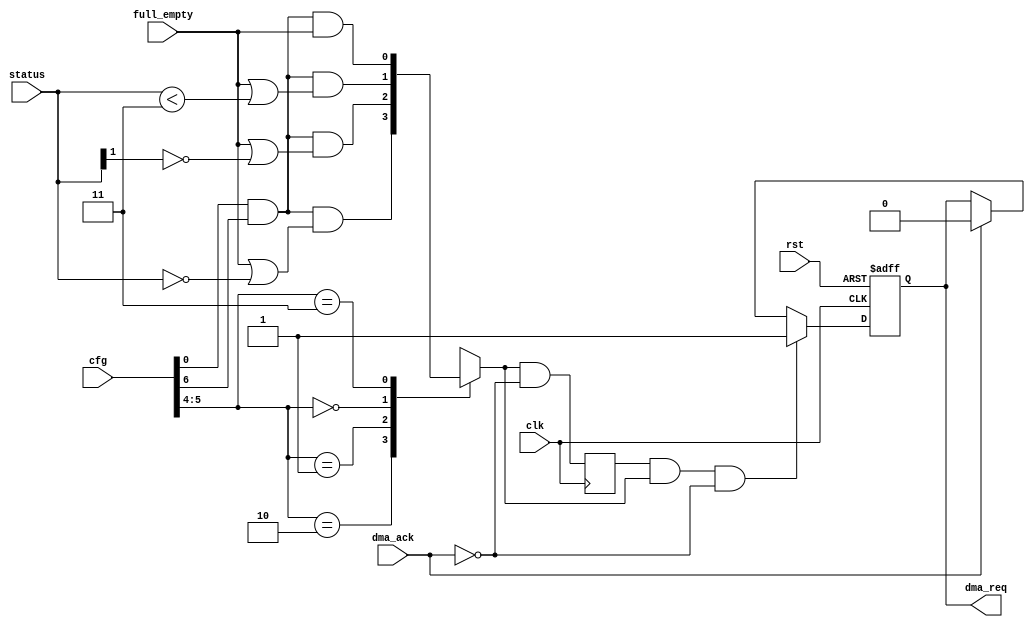
module ac97_dma_req(clk, rst, cfg, status, full_empty, dma_req, dma_ack);
input		clk, rst;
input	[7:0]	cfg;
input	[1:0]	status;
input		full_empty;
output		dma_req;
input		dma_ack;

////////////////////////////////////////////////////////////////////
//
// Local Wires
//
reg	dma_req_d;
reg	dma_req_r1;
reg	dma_req;

////////////////////////////////////////////////////////////////////
//
// Misc Logic
//

always @(cfg or status or full_empty)
	case(cfg[5:4])	// synopsys parallel_case full_case
			// REQ = Ch_EN & DMA_EN & Status
			// 1/4 full/empty
	   2'h2: dma_req_d = cfg[0] & cfg[6] & (full_empty | (status == 2'h0));
			// 1/2 full/empty
	   2'h1: dma_req_d = cfg[0] & cfg[6] & (full_empty | (status[1] == 1'h0));
			// 3/4 full/empty
	   2'h0: dma_req_d = cfg[0] & cfg[6] & (full_empty | (status < 2'h3));
	   2'h3: dma_req_d = cfg[0] & cfg[6] & full_empty;
	endcase

always @(posedge clk)
	dma_req_r1 <= #1 dma_req_d & !dma_ack;

always @(posedge clk or negedge rst)
	if(!rst)				dma_req <= #1 1'b0;
	else
	if(dma_req_r1 & dma_req_d & !dma_ack) 	dma_req <= #1 1'b1;
	else
	if(dma_ack) 				dma_req <= #1 1'b0;

endmodule